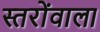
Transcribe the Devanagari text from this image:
स्तरोंवाला